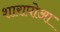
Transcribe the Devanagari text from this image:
शारापोआ